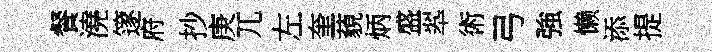
餐澆篴府抄庚兀左奎藐炳盛翆術弓強懒添提